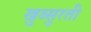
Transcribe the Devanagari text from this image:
खुब्सुरती